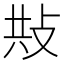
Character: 𢼦